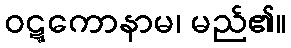
ဝဋ္ဋကောနာမ၊ မည်၏။